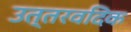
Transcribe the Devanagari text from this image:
उत्तरवदिक